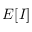
E [ I ]